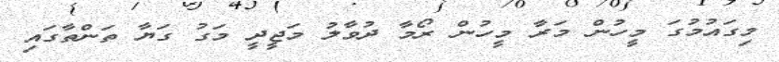
މިގައުމުގަ މީހުން މަރާ މީހުން ރޯމާ ދުވާލު މަޖީދީ މަގު ގަޔާ ތަންތާގައި